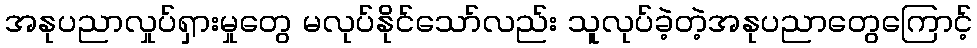
အနုပညာလှုပ်ရှားမှုတွေ မလုပ်နိုင်သော်လည်း သူလုပ်ခဲ့တဲ့အနုပညာတွေကြောင့်